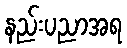
နည်းပညာအရ